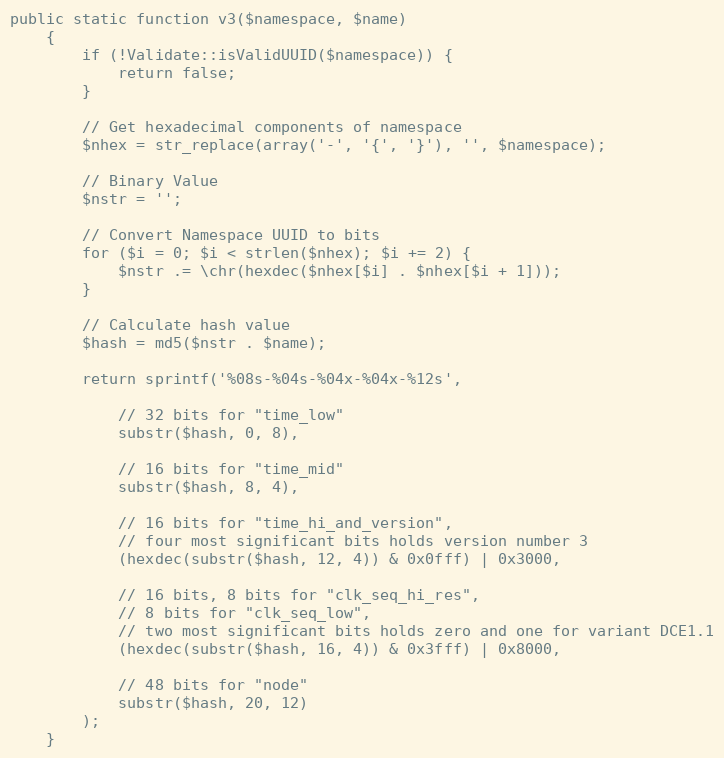
Language: PHP
public static function v3($namespace, $name)
    {
        if (!Validate::isValidUUID($namespace)) {
            return false;
        }

        // Get hexadecimal components of namespace
        $nhex = str_replace(array('-', '{', '}'), '', $namespace);

        // Binary Value
        $nstr = '';

        // Convert Namespace UUID to bits
        for ($i = 0; $i < strlen($nhex); $i += 2) {
            $nstr .= \chr(hexdec($nhex[$i] . $nhex[$i + 1]));
        }

        // Calculate hash value
        $hash = md5($nstr . $name);

        return sprintf('%08s-%04s-%04x-%04x-%12s',

            // 32 bits for "time_low"
            substr($hash, 0, 8),

            // 16 bits for "time_mid"
            substr($hash, 8, 4),

            // 16 bits for "time_hi_and_version",
            // four most significant bits holds version number 3
            (hexdec(substr($hash, 12, 4)) & 0x0fff) | 0x3000,

            // 16 bits, 8 bits for "clk_seq_hi_res",
            // 8 bits for "clk_seq_low",
            // two most significant bits holds zero and one for variant DCE1.1
            (hexdec(substr($hash, 16, 4)) & 0x3fff) | 0x8000,

            // 48 bits for "node"
            substr($hash, 20, 12)
        );
    }